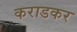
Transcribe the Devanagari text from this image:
कराडकर